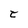
Character: t